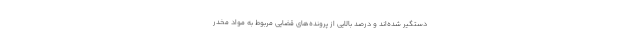
دستگیر شده‌اند و درصد بالایی از پرونده‌های قضایی مربوط به مواد مخدر